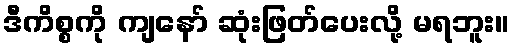
ဒီကိစ္စကို ကျနော် ဆုံးဖြတ်ပေးလို့ မရဘူး။